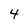
Character: 4